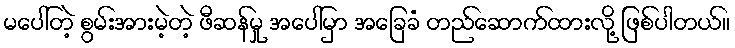
မပေါ်တဲ့ စွမ်းအားမဲ့တဲ့ ဖီဆန်မှု အပေါ်မှာ အခြေခံ တည်ဆောက်ထားလို့ ဖြစ်ပါတယ်။